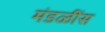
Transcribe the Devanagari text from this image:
मंडळींस